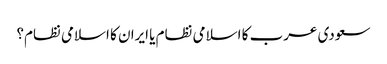
سعودی عرب کا اسلامی نظام یا ایران کا اسلامی نظام؟